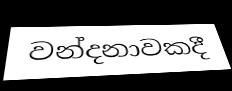
වන්දනාවකදී